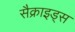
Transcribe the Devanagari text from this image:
सैक्राइड्स